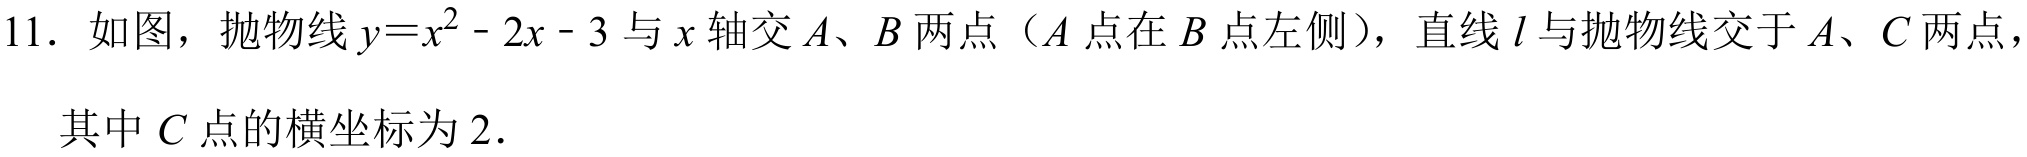
11. 如图，抛物线\(y = x^{2}-2x - 3\)与\(x\)轴交\(A\)、\(B\)两点（\(A\)点在\(B\)点左侧），直线\(l\)与抛物线交于\(A\)、\(C\)两点，
其中\(C\)点的横坐标为\(2\).